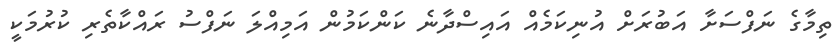
ތިމާގެ ނަފްސަށާ އަބުރަށް އުނިކަމެއް އައިސްދާނެ ކަންކަމުން އަމިއްލަ ނަފްސު ރައްކާތެރި ކުރުމަކީ